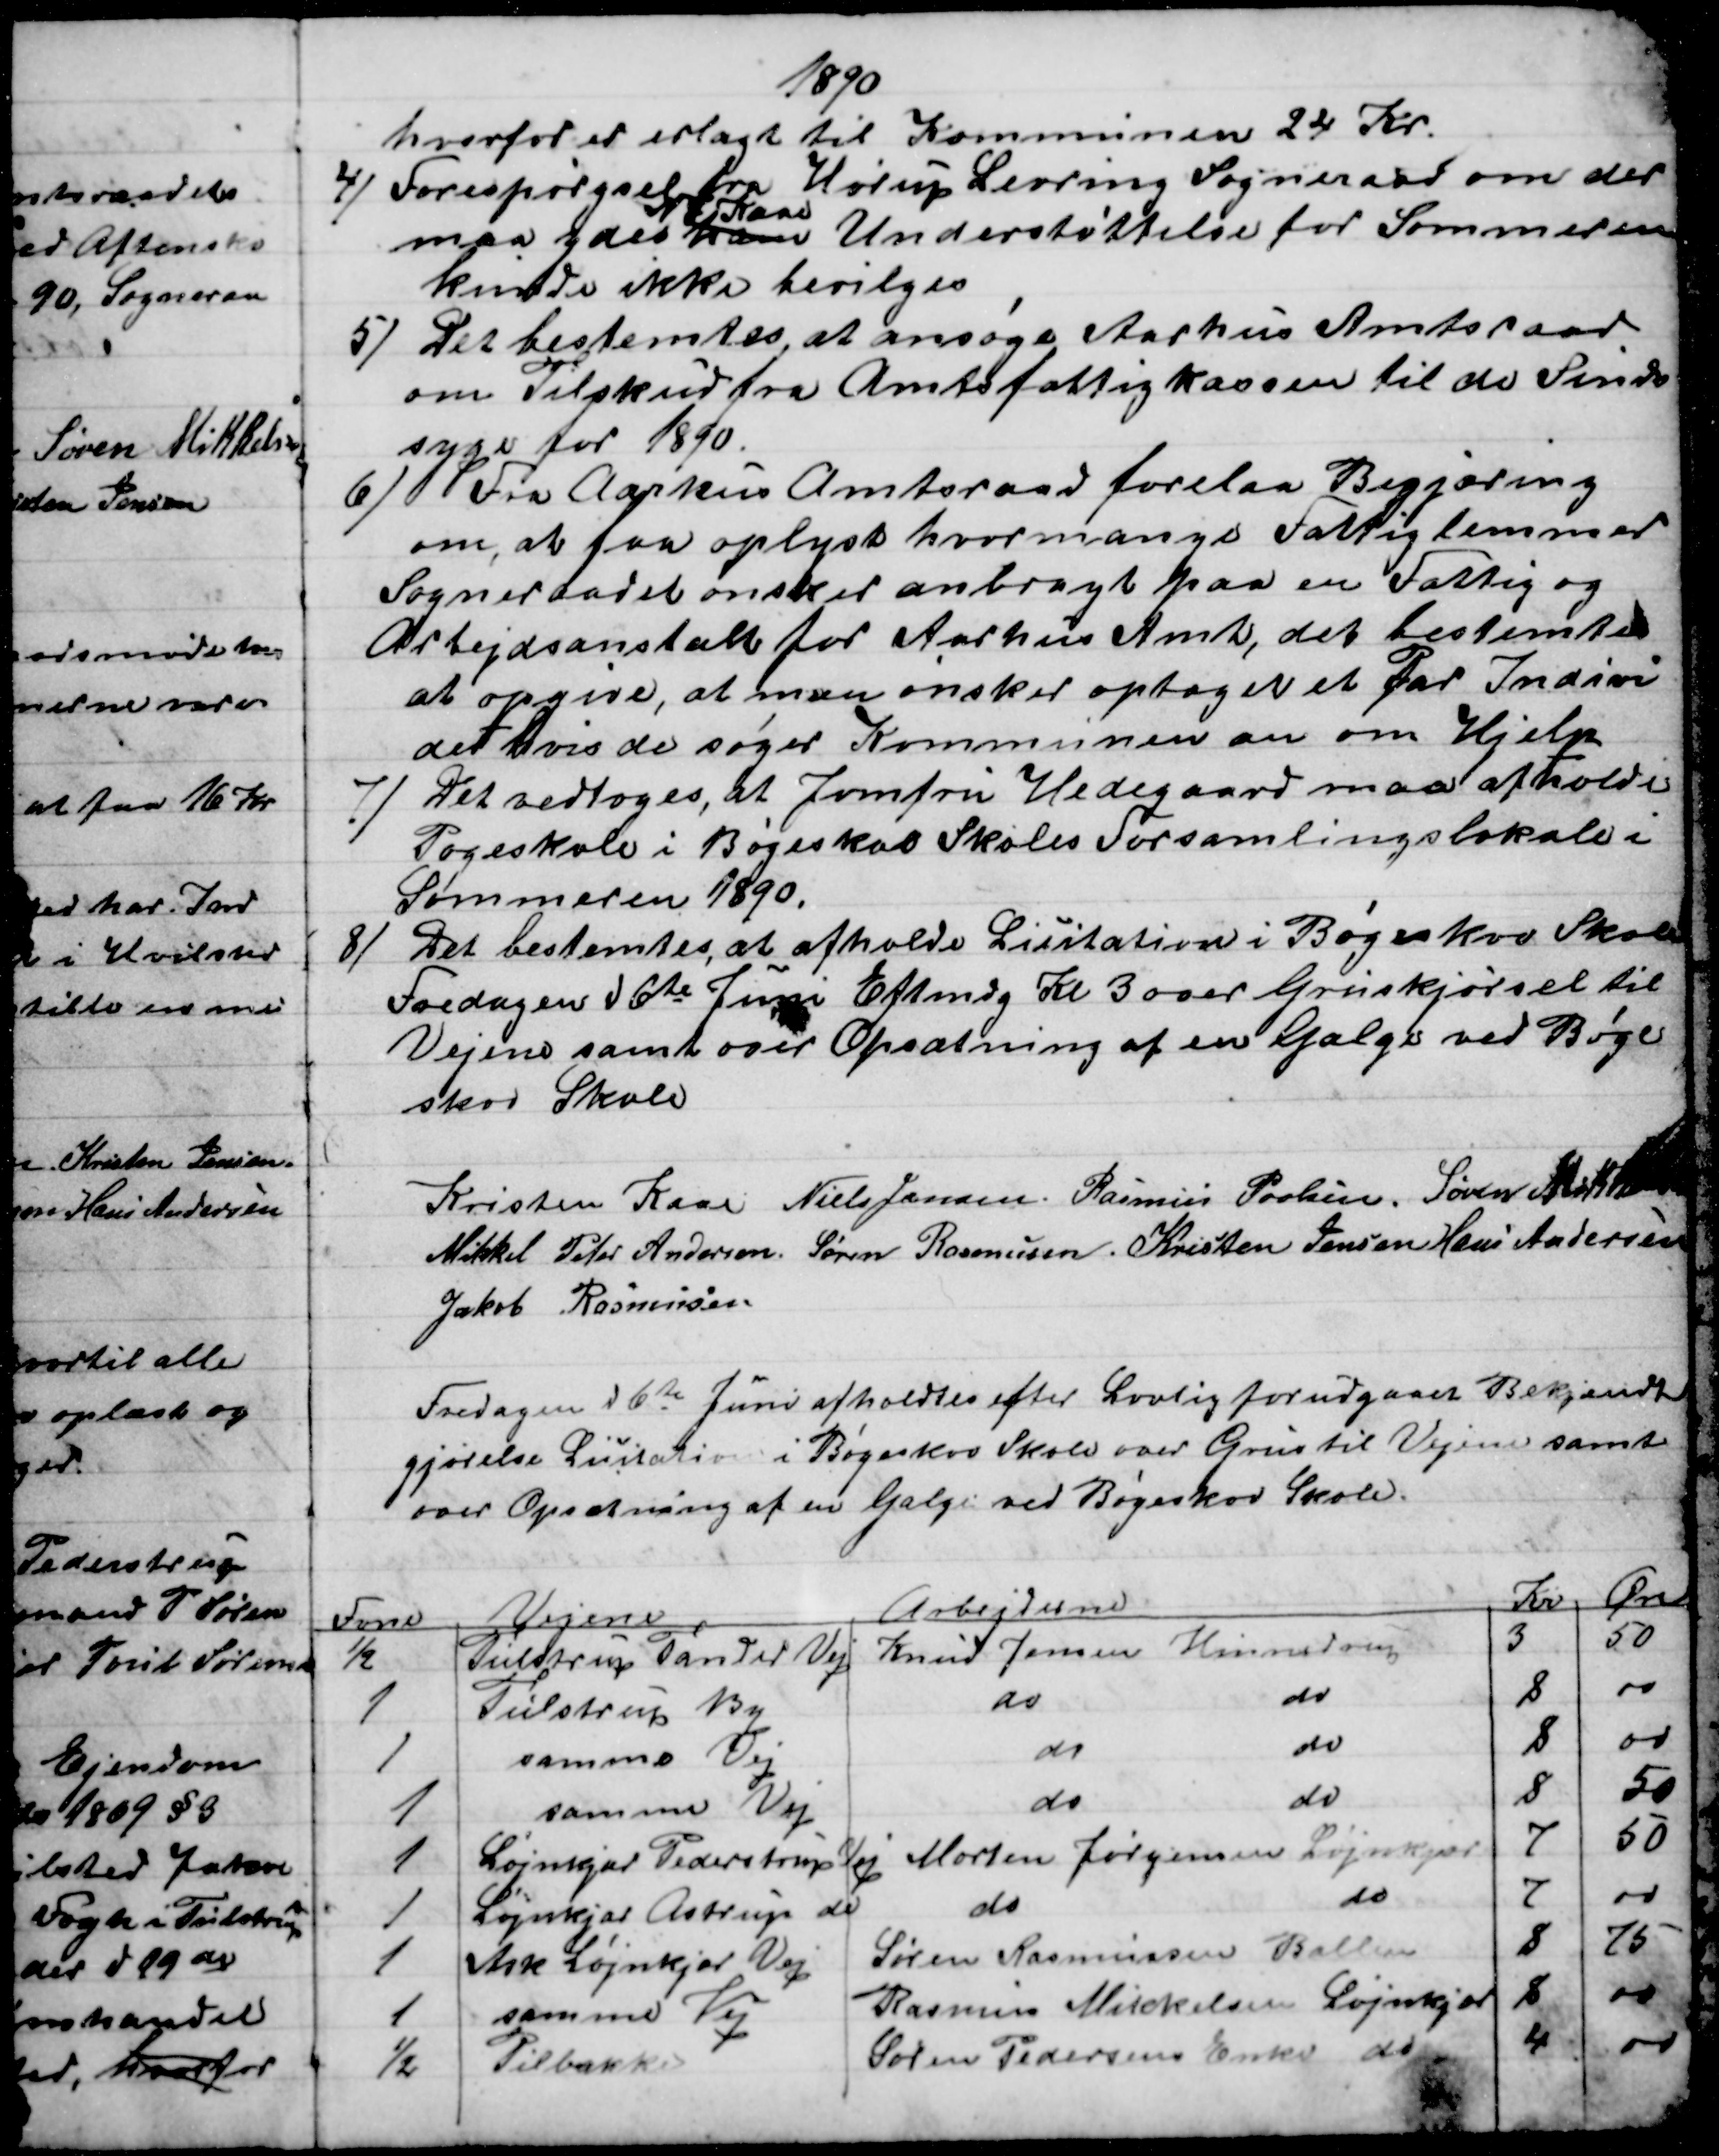
Transskription:
1890
hvorfor er erlagt til Kommunen 24 Kr.
4)  Forespørgsel fra Hørup Levring Sogneraad om der
maa ydes ham 
N F Kaae
Understøttelse for Sommeren
kunde ikke bevilges
5) 
Det bestemtes at ansøge Aarhus Amtsraad
om Tilskud fra Amtsfattigkassen til de Sinds
syge for 1890.
6)
Fra Aarhus Amtsraad forelaa Begjæring
om, at faa oplyst hvormange Fattiglemmer
Sogneraadet ønsker anbragt paa en Fattig og
Arbejdsanstalt for Aarhus Amt, det bestemtes
at opgive, at man ønsker optaget et Par Indivi
der hvis de søger Kommunen an om Hjelp
7)
Det vedtoges, at Jomfru Hedegaard maa afholde
Pogeskole i Bøgeskov Skoles Forsamlingslokale i
Sommeren 1890.
8)
Det bestemtes, at afholde Licitation i Bøgeskov Skole
Fredagen d 6te Juni Eftmdg Kl 3 over Gruskjørsel til
Vejene samt over Opsætning af en Galge ved Bøge
skov Skole
Kristen Kaae Niels Jensen. Rasmus Povlsen, Søren Mikkelsen
Mikkel Peter Andersen. Søren Rasmussen. Kristen Jensen Hans Andersen
Jakob Rasmussen
Fredagen d 6te Juni afholdtes efter Lovlig forudgaaet Bekjendt
gjørelse Licitation i Bøgeskov Skole over Grus til Vejene samt
over Opsætning af en Galge ved Bøgeskov Skole.
Favne
Vejene
Arbejderne
Kr
Øre
½
Tulstrup Tander Vej
Knud Jensen Hinnedrup
3
50
1
Tulstrup By
do
do
8
00
1
samme Vej
do
do
8
00
1
samme Vej
do
do
8
50
1
Løjnkjær Pederstrup  Vej 
Morten Jørgensen
Løjnkjær
7
50
1
Løjnkjær Astrup do
do
do
7
00
1
Ask Løjnkjær Vej
Søren Rasmussen Ballen
8
75
1
samme Vej
Rasmus Mikkelsen Løjnkjær
8
00
½
Pilbakke
Søren Pedersens Enke do
4
00